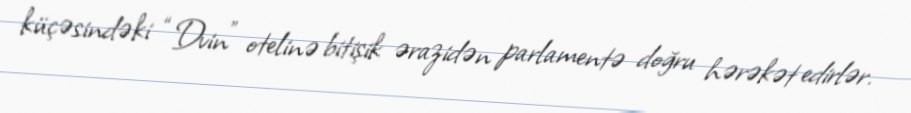
küçəsindəki “Dvin” otelinə bitişik ərazidən parlamentə doğru hərəkət edirlər.